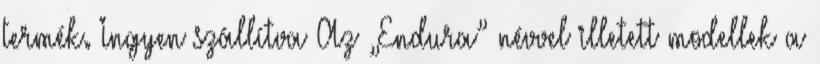
termék. Ingyen szállítva Az „Endura” névvel illetett modellek a